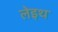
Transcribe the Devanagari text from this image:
लेइथ